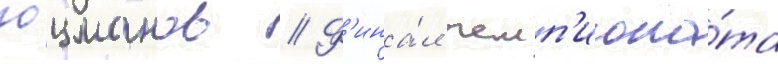
гоцманов // Ф'ина́л чемп'иона́та